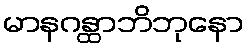
မာနဂန္ထာဘိဘုနော